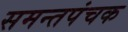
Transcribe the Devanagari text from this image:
समन्तपंचक